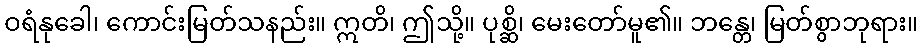
ဝရံနုခေါ၊ ကောင်းမြတ်သနည်း။ ဣတိ၊ ဤသို့။ ပုစ္ဆိ၊ မေးတော်မူ၏။ ဘန္တေ၊ မြတ်စွာဘုရား။